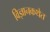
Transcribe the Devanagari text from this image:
विज्ञानकथेत